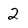
Character: 2